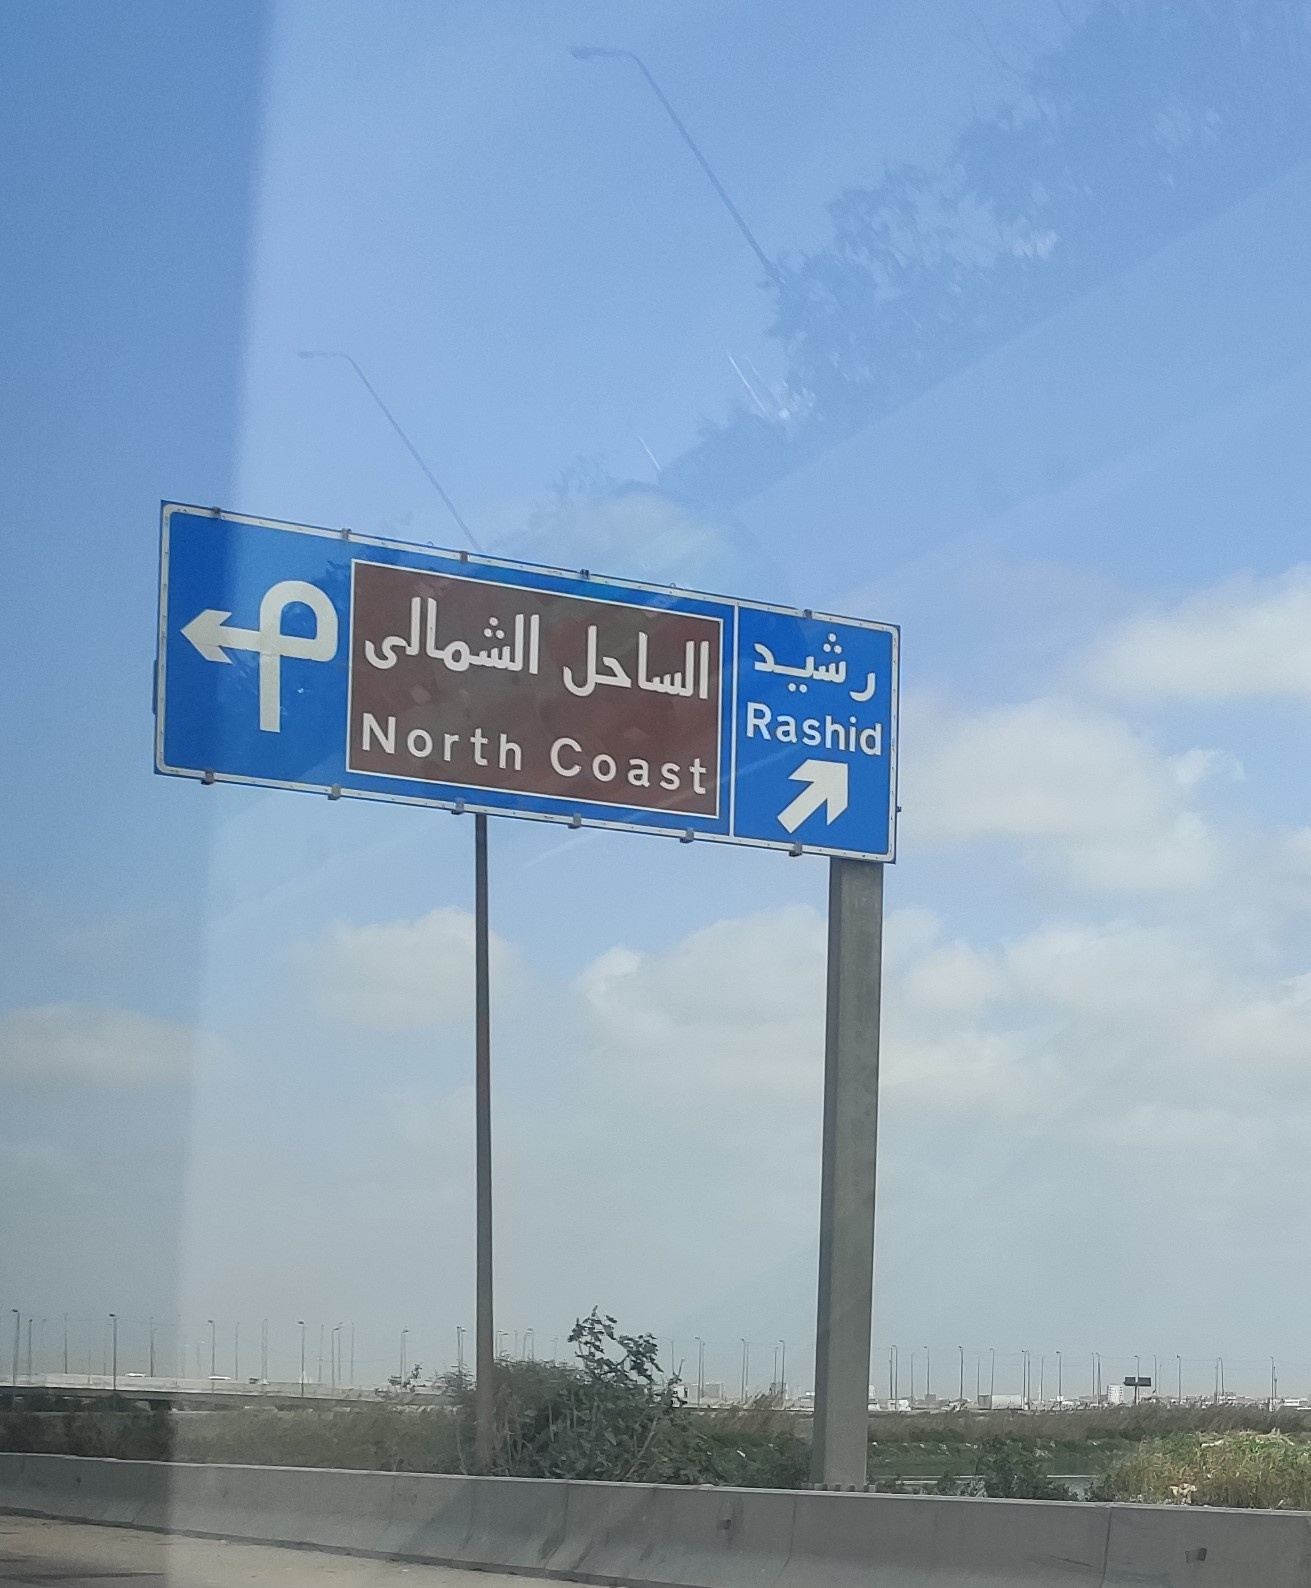
Text in image: الشمالى رشيد الساحل Rashid North Coast